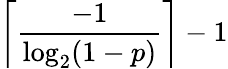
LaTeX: \left\lceil{\frac{-1}{\log_{2}(1-p)}}\right\rceil-1